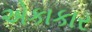
એકાકાર